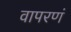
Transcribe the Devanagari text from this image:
वापरणं